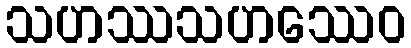
သဟဿသဟဿေဝ